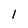
Character: l